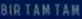
BIR TAM TAM